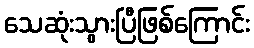
သေဆုံးသွားပြီဖြစ်ကြောင်း